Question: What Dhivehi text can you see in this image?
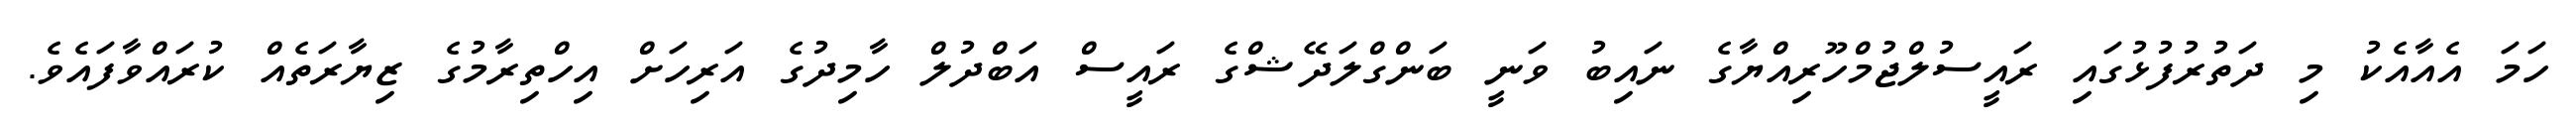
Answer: ހަމަ އެއާއެކު މި ދަތުރުފުޅުގައި ރައީސުލްޖުމްހޫރިއްޔާގެ ނައިބު ވަނީ ބަންގްލަދޭޝްގެ ރައީސް އަބްދުލް ހާމިދުގެ އަރިހަށް އިހްތިރާމުގެ ޒިޔާރަތެއް ކުރައްވާފައެވެ.